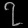
Digit: ၇